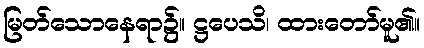
မြတ်သောနေရာ၌။ ဋ္ဌပေသိ၊ ထားတော်မူ၏။